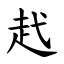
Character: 䞖